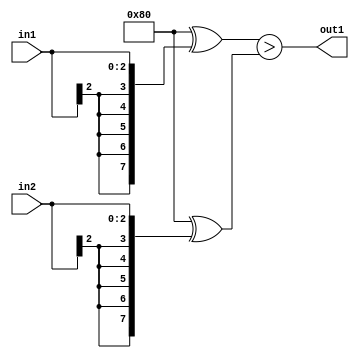
`timescale 1ps / 1ps
/*****************************************************************************
    Verilog RTL Description
    
    
    Created by: Stratus DpOpt 21.05.01 
*******************************************************************************/

module SobelFilter_LessThan_3Sx3S_1U_4 (
	in2,
	in1,
	out1
	); /* architecture "behavioural" */ 
input [2:0] in2,
	in1;
output  out1;
wire  asc001;

assign asc001 = ((8'B10000000 ^ {{5{in1[2]}}, in1})>(8'B10000000 ^ {{5{in2[2]}}, in2}));

assign out1 = asc001;
endmodule

/* CADENCE  ubP2Tgk= : u9/ySxbfrwZIxEzHVQQV8Q== ** DO NOT EDIT THIS LINE ******/